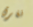
نغرق